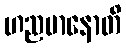
ဟညမာနောတိ